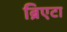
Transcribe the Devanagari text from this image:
ब्रिएटा